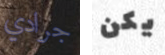
جرادي يكن